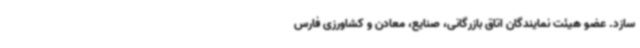
سازد. عضو هیئت نمایندگان اتاق بازرگانی، صنایع، معادن و کشاورزی فارس